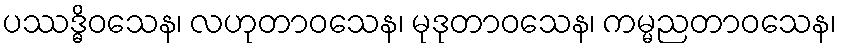
ပဿဒ္ဓိဝသေန၊ လဟုတာဝသေန၊ မုဒုတာဝသေန၊ ကမ္မညတာဝသေန၊